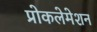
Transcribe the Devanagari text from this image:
प्रोकलेमेशन